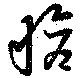
愴